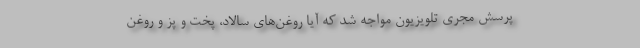
پرسش مجری تلویزیون مواجه شد که آیا روغن‌های سالاد، پخت و پز و روغن